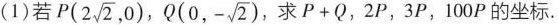
(1)若P (2 \sqrt{2},0), Q(0,- \sqrt{2}), 求P+Q，2P，3P，100P的坐标。